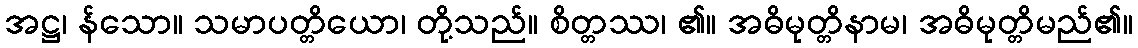
အဋ္ဌ၊ န်သော။ သမာပတ္တိယော၊ တို့သည်။ စိတ္တဿ၊ ၏။ အဓိမုတ္တိနာမ၊ အဓိမုတ္တိမည်၏။